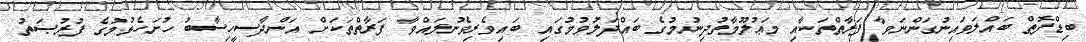
ބިޑްފޮތް ބައްލަވައިނުގަންނަވާ ފަރާތްތަކާއި މަޢުލޫމާތުދިނުމުގެ ބައްދަލުވުމުގައި ބައިވެރިވެނުލައްވާ ފަރާތްތަކަށް އަންދާސީހިސާބު ހުށަހެޅުމުގެ ފުރުޞަތު